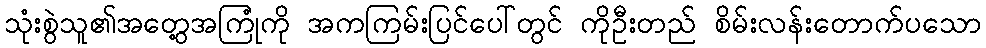
သုံးစွဲသူ၏အတွေ့အကြုံကို အကကြမ်းပြင်ပေါ်တွင် ကိုဦးတည် စိမ်းလန်းတောက်ပသော